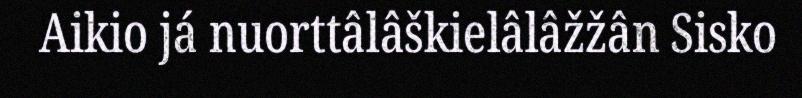
Aikio já nuorttâlâškielâlâžžân Sisko